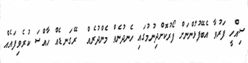
ސިއްހީ ފަރުވާ އެބޭފުޅުންނަށް ފޯރުކޮށްދިނުމުގައި ހެނދުނެއް މެންދުރެއް  ރޭގަނޑެއް ހާއްސަ ކުރެވިފައެއް